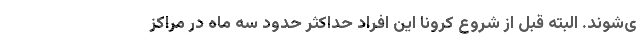
ی‌شوند. البته قبل از شروع کرونا این افراد حداکثر حدود سه ماه در مراکز